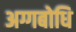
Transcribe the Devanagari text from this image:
अग्गबोधि